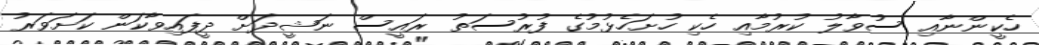
ހެކީންނާއި ސުވާލު ކުރުމާއި ހެކި ހުށަހެޅުމުގެ ފުރުސަތު ރައީސް ނަޝީދަށް ދީފައިވާކަން ކަށަވަރު